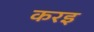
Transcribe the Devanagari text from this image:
करइ